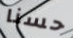
حسنا